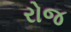
રોજ